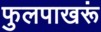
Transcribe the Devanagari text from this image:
फुलपाखरूं